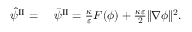
\begin{array} { r l } { \hat { \psi } ^ { \mathrm { I I } } = } & { { } ~ \bar { \psi } ^ { \mathrm { I I } } = \frac { \kappa } { \varepsilon } F ( \phi ) + \frac { \kappa \varepsilon } { 2 } \| \nabla \phi \| ^ { 2 } . } \end{array}